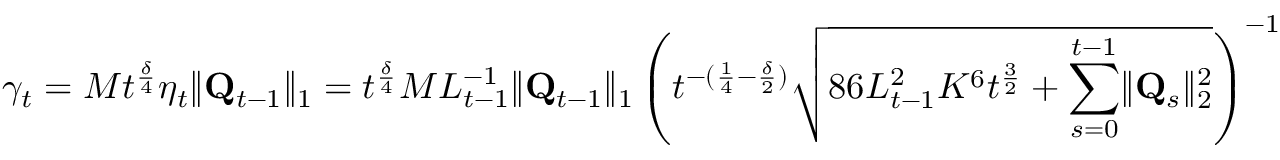
\gamma _ { t } = M t ^ { \frac \delta 4 } \eta _ { t } \lVert \mathbf Q _ { t - 1 } \rVert _ { 1 } = t ^ { \frac \delta 4 } M L _ { t - 1 } ^ { - 1 } \lVert \mathbf Q _ { t - 1 } \rVert _ { 1 } \left( t ^ { - ( \frac 1 4 - \frac \delta 2 ) } \sqrt { 8 6 L _ { t - 1 } ^ { 2 } K ^ { 6 } t ^ { \frac 3 2 } + \sum _ { s = 0 } ^ { t - 1 } \lVert \mathbf Q _ { s } \rVert _ { 2 } ^ { 2 } } \right) ^ { - 1 }